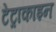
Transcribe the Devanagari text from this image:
टेट्राकाइन